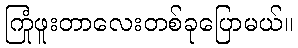
ကြုံဖူးတာလေးတစ်ခုပြောမယ်။